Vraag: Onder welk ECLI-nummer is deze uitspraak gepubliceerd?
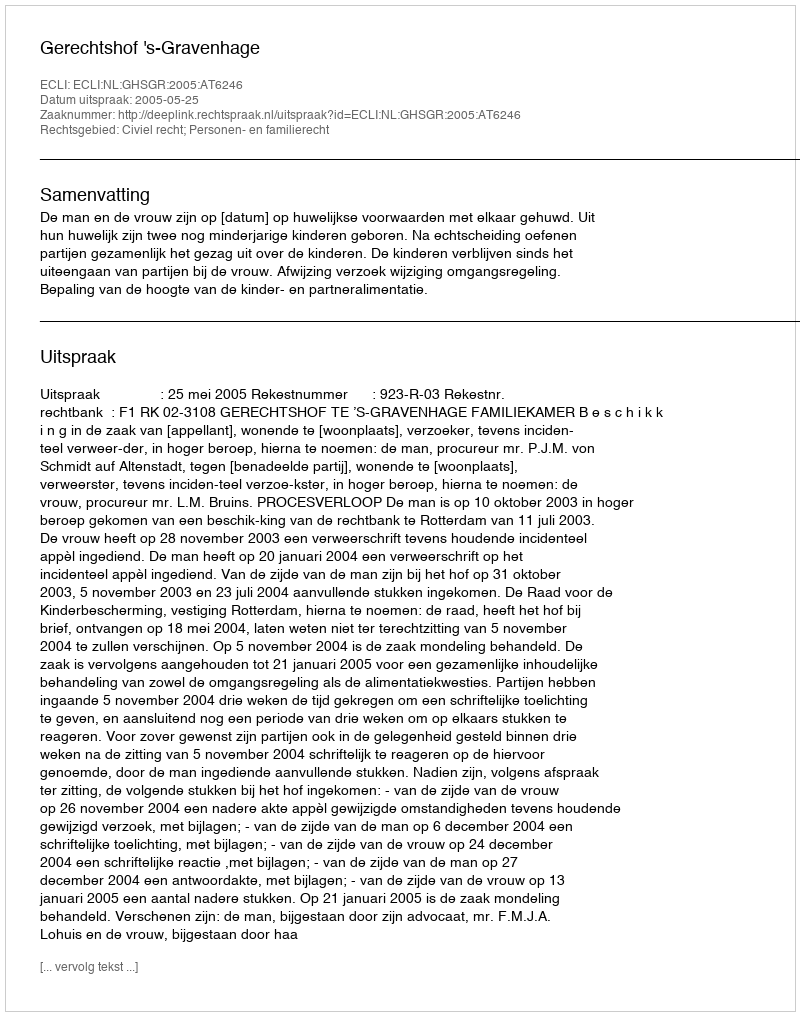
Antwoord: ECLI:NL:GHSGR:2005:AT6246